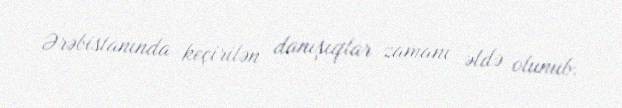
Ərəbistanında keçirilən danışıqlar zamanı əldə olunub.